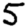
Digit: 5